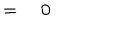
\qquad \qquad \qquad \qquad \qquad \qquad \qquad \qquad \qquad \qquad \qquad \qquad = \quad 0